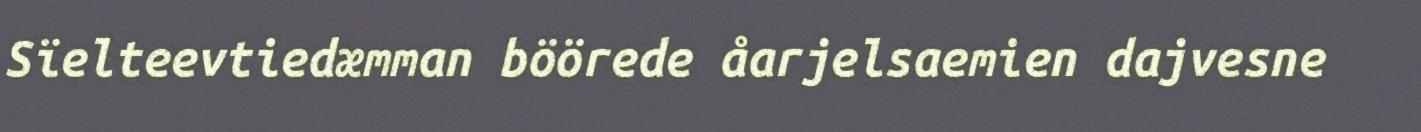
Sïelteevtiedæmman böörede åarjelsaemien dajvesne